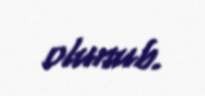
olunub.